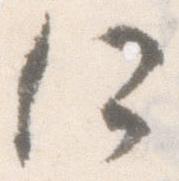
何